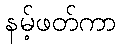
နမ့်ဖတ်ကာ